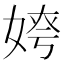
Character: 𡝻